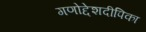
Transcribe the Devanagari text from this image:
गणोद्देशदीपिका